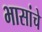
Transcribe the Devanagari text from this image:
भासांचे